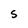
Character: S